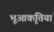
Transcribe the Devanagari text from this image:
भूआकृतियां